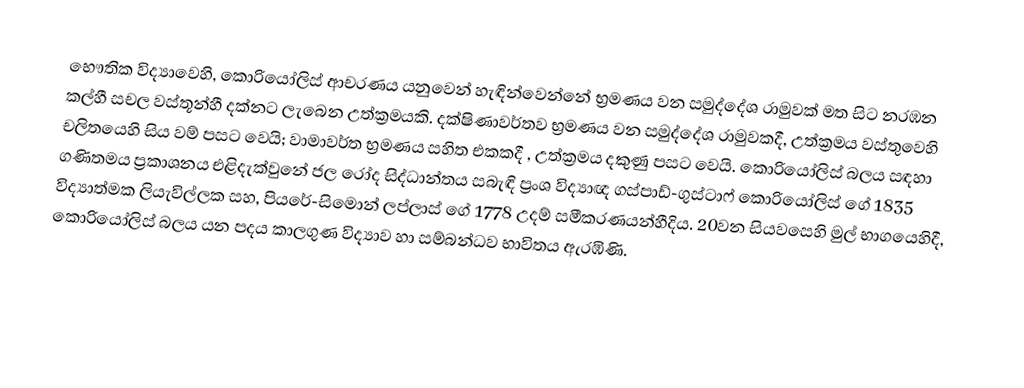
භෞතික විද්‍යාවෙහි, කොරියෝලිස් ආචරණය යනුවෙන් හැඳින්වෙන්නේ   භ්‍රමණය වන සමුද්දේශ රාමුවක් මත සිට නරඹන කල්හී සචල වස්තූන්හී දක්නට ලැබෙන උත්ක්‍රමයකි. දක්ෂිණාවර්තව භ්‍රමණය වන සමුද්දේශ රාමුවකදී, උත්ක්‍රමය වස්තුවෙහි චලිතයෙහි සිය වම් පසට වෙයි; වාමාවර්ත භ්‍රමණය සහිත එකකදී , උත්ක්‍රමය දකුණු පසට වෙයි. කොරියෝලිස් බලය සඳහා ගණිතමය ප්‍රකාශනය එළිදැක්වුනේ  ජල රෝද සිද්ධාන්තය සබැඳි ප්‍රංශ විද්‍යාඥ ගස්පාඩ්-ගුස්ටාෆ් කොරියෝලිස් ගේ  1835 විද්‍යාත්මක ලියැවිල්ලක සහ, පියරේ-සිමොන් ලප්ලාස් ගේ  1778 උදම් සමීකරණයන්හීදිය. 20වන සියවසෙහි මුල් භාගයෙහිදී, කොරියෝලිස් බලය යන පදය කාලගුණ විද්‍යාව හා සම්බන්ධව භාවිතය ඇරඹිණි.